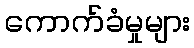
ကောက်ခံမှုများ